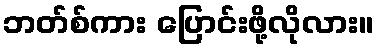
ဘတ်စ်ကား ပြောင်းဖို့လိုလား။